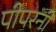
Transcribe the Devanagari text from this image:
पीपरनी